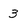
Character: 3